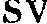
SV